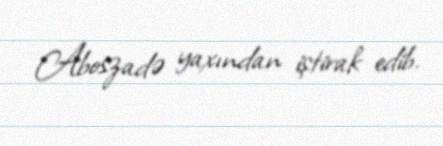
Aboszadə yaxından iştirak edib.